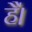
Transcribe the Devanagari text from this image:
है॑।